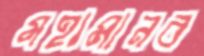
মহামানব